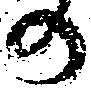
の